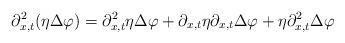
LaTeX: \begin{align*}\partial_{x,t}^2 (\eta \Delta \varphi) = \partial_{x,t}^2 \eta \Delta \varphi +\partial_{x,t} \eta \partial_{x,t}\Delta \varphi + \eta \partial_{x,t}^2 \Delta \varphi\end{align*}